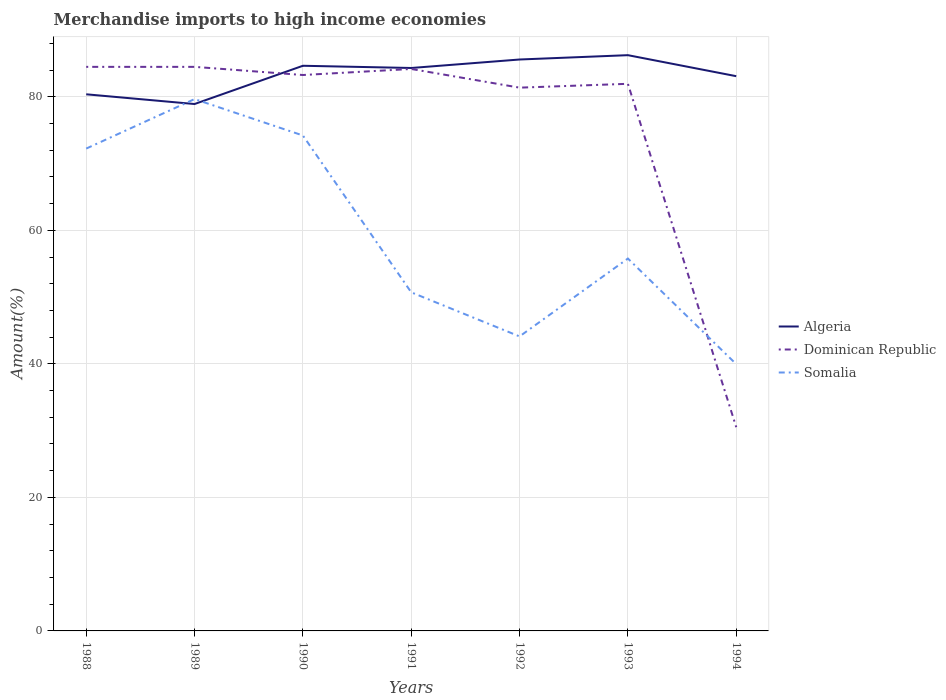
| Years | Algeria | Dominican Republic | Somalia |
 | --- | --- | --- | --- |
 | 1988 | 80.4 | 84.5 | 72.2 |
 | 1989 | 78.9 | 84.5 | 79.7 |
 | 1990 | 84.6 | 83.3 | 74.2 |
 | 1991 | 84.3 | 84.2 | 50.7 |
 | 1992 | 85.6 | 81.4 | 44.1 |
 | 1993 | 86.2 | 81.9 | 55.8 |
 | 1994 | 83.1 | 30.5 | 40 |